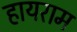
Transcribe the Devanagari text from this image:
हायराम